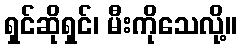
ရှင်ဆိုရှင်၊ မီးကိုသေလို့။